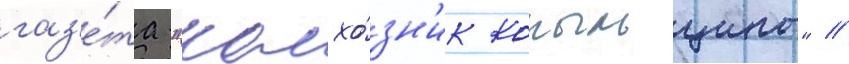
газ'е́та "колхо́зн'ик копыльщины" //